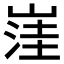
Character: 𱛿